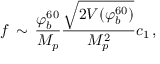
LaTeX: f \, \sim \, { \frac { \varphi _ { b } ^ { 6 0 } } { M _ { p } } } { \frac { \sqrt { 2 V ( \varphi _ { b } ^ { 6 0 } ) } } { M _ { p } ^ { 2 } } } c _ { 1 } \, ,